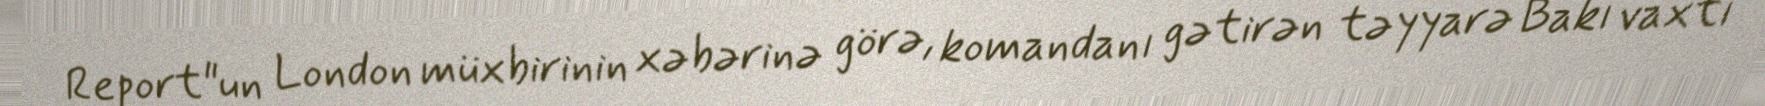
Report"un London müxbirinin xəbərinə görə, komandanı gətirən təyyarə Bakı vaxtı